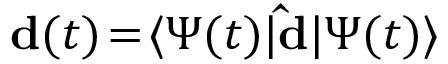
\mathbf { d } ( t ) \! = \! \langle \Psi ( t ) \lvert \mathbf { \hat { d } } \rvert \Psi ( t ) \rangle